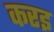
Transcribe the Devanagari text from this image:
करइ